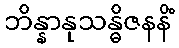
ဘိန္နာနုသန္ဓိဇနနိံ